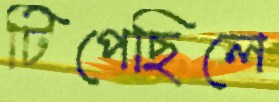
টিপেছিলে